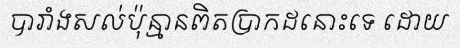
បារាំងសល់ប៉ុន្មានពិតប្រាកដនោះទេ ដោយ